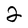
Character: 2